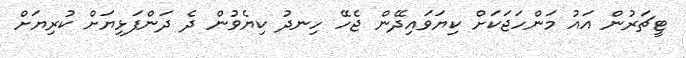
ޓީޗަރުން އައު މަންހަޖަކަށް ކިޔަވައިދޭން ޖެހޭ ހިނދު ކިޔެވުން ދެ ދަންފަޅިޔަށް ކުރިޔަށް